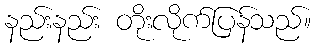
နည်းနည်း တိုးလိုက်ပြန်သည်။